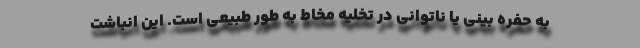
به حفره بینی یا ناتوانی در تخلیه مخاط به طور طبیعی است. این انباشت